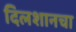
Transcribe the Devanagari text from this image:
दिलशानचा